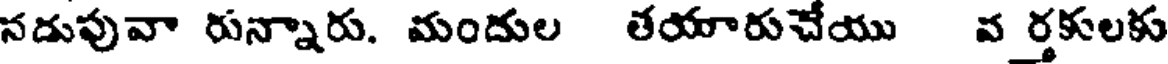
నడుపువా రున్నారు. మందుల తయారుచేయు వర్తకులకు